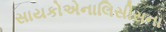
સાયકોએનાલિસીસના